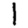
Digit: 1